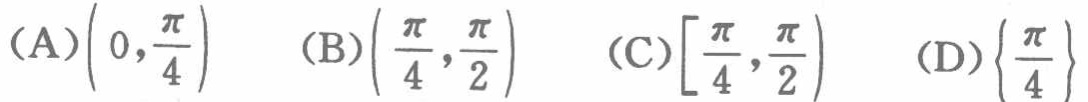
(A)\(\left(0,\frac{\pi}{4}\right)\)  (B)\(\left(\frac{\pi}{4},\frac{\pi}{2}\right)\)  (C)\(\left[\frac{\pi}{4},\frac{\pi}{2}\right)\)  (D)\(\left\{\frac{\pi}{4}\right\}\)